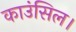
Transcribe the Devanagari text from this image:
काउंसिल।